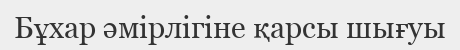
Бұхар әмірлігіне қарсы шығуы